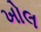
ખોલ